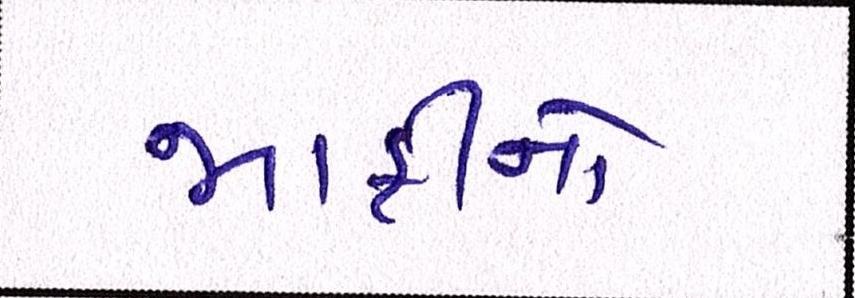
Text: માફીનો